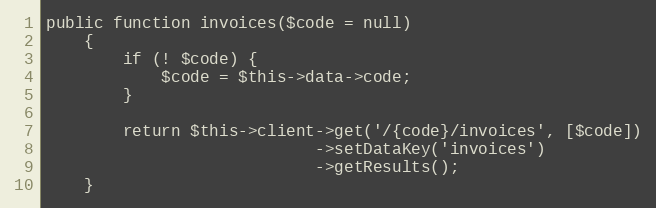
Language: PHP
public function invoices($code = null)
    {
        if (! $code) {
            $code = $this->data->code;
        }

        return $this->client->get('/{code}/invoices', [$code])
                            ->setDataKey('invoices')
                            ->getResults();
    }